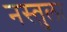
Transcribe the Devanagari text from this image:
नस्तुला